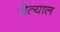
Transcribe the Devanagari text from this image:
येत्याल